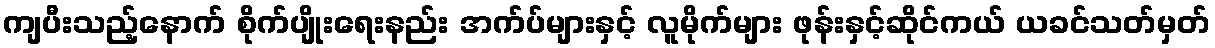
ကျပီးသည့်နောက် စိုက်ပျိုးရေးနည်း အက်ပ်များနှင့် လူမိုက်များ ဖုန်းနှင့်ဆိုင်ကယ် ယခင်သတ်မှတ်